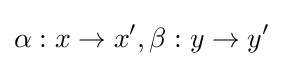
\alpha :x\to x',\beta :y\to y'